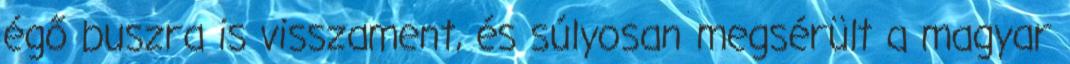
égő buszra is visszament, és súlyosan megsérült a magyar